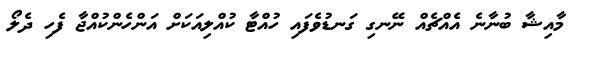
މާއިޝާ ބުނާނެ އެއްޗެއް ނޭނގި ގަނޑުވެފައި ހުއްޓާ ކުއްލިއަކަށް އަންހެންކުއްޖާ ފެހި ދެލޯ